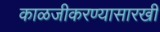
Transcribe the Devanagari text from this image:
काळजीकरण्यासारखी